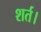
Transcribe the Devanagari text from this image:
शर्त।